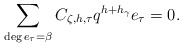
\begin{align*}& \sum_{\substack{\deg e_\tau = \beta }} C_{\zeta, h, \tau} q^{h+h_\gamma}e_\tau = 0.\end{align*}